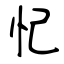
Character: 忋